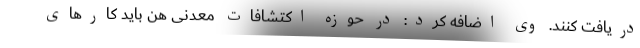
دریافت کنند. وی اضافه کرد: در حوزه اکتشافات معدنی هن باید کارهای